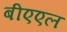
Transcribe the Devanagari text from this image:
बीएएल